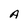
Character: A